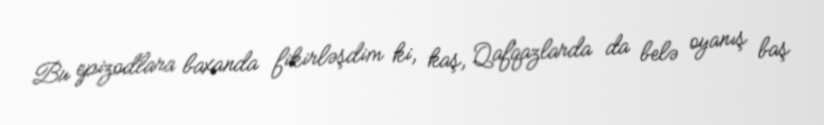
Bu epizodlara baxanda fikirləşdim ki, kaş, Qafqazlarda da belə oyanış baş